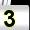
Digit: 3